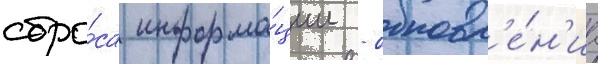
сбро́са информа́ции - обновл'е́н'иа